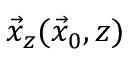
\vec { x } _ { z } ( \vec { x } _ { 0 } , z )